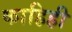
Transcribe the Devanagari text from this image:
काहिही